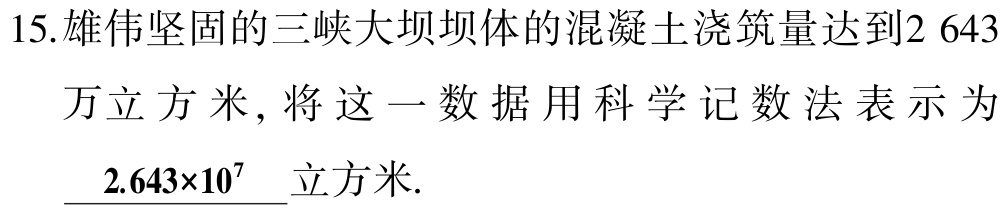
15.雄伟坚固的三峡大坝坝体的混凝土浇筑量达到2 643

万立方米, 将这一数据用科学记数法表示为

\(2.643\times10^{7}\)立方米.